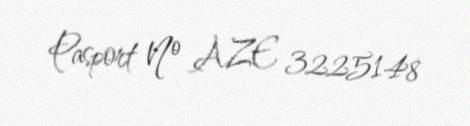
Pasport № AZE 3225148